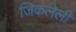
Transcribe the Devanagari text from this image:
जिकलेली